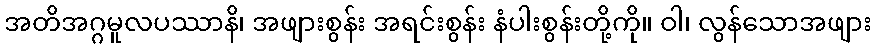
အတိအဂ္ဂမူလပဿာနိ၊ အဖျားစွန်း အရင်းစွန်း နံပါးစွန်းတို့ကို။ ဝါ၊ လွန်သောအဖျား